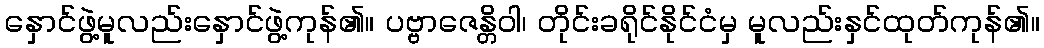
နှောင်ဖွဲ့မူလည်းနှောင်ဖွဲ့ကုန်၏။ ပဗ္ဗာဇေန္တိဝါ၊ တိုင်းခရိုင်နိုင်ငံမှ မူလည်းနှင်ထုတ်ကုန်၏။